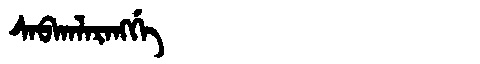
Manchu: ᠰᠠᠪᡴᠠᠯᠠᡵᠠᠩᡤᡝ
Romanization: SABKALARANGGE